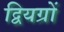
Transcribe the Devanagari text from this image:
द्वियग्रों